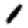
Digit: 1